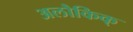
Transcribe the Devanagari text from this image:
अलौकिक्